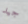
جيد